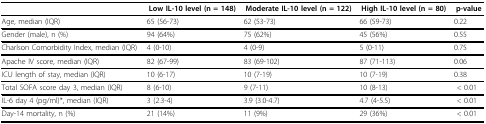
<table><thead><tr><td></td><td><b>Low IL-10 level (n = 148)</b></td><td><b>Moderate IL-10 level (n = 122)</b></td><td><b>High IL-10 level (n = 80)</b></td><td><b>p-value</b></td></tr></thead><tbody><tr><td>Age, median (IQR)</td><td>65 (56-73)</td><td>62 (53-73)</td><td>66 (59-73)</td><td>0.22</td></tr><tr><td>Gender (male), n (%)</td><td>94 (64%)</td><td>75 (62%)</td><td>45 (56%)</td><td>0.55</td></tr><tr><td>Charlson Comorbidity Index, median (IQR)</td><td>4 (0-10)</td><td>4 (0-9)</td><td>5 (0-11)</td><td>0.75</td></tr><tr><td>Apache IV score, median (IQR)</td><td>82 (67-99)</td><td>83 (69-102)</td><td>87 (71-113)</td><td>0.06</td></tr><tr><td>ICU length of stay, median (IQR)</td><td>10 (6-17)</td><td>10 (7-19)</td><td>10 (7-19)</td><td>0.38</td></tr><tr><td>Total SOFA score day 3, median (IQR)</td><td>8 (6-10)</td><td>9 (7-11)</td><td>10 (8-13)</td><td>&lt; 0.01</td></tr><tr><td>IL-6 day 4 (pg/ml)*, median (IQR)</td><td>3 (2.3-4)</td><td>3.9 (3.0-4.7)</td><td>4.7 (4-5.5)</td><td>&lt; 0.01</td></tr><tr><td>Day-14 mortality, n (%)</td><td>21 (14%)</td><td>11 (9%)</td><td>29 (36%)</td><td>&lt; 0.01</td></tr></tbody></table>